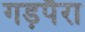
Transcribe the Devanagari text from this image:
गड़पैरा